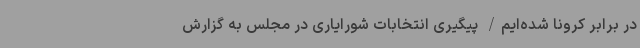
در برابر کرونا شده‌ایم/ پیگیری انتخابات شورایاری در مجلس به گزارش